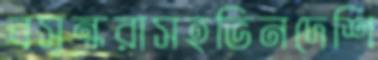
বসুন্ধরাসহভিনদেশি